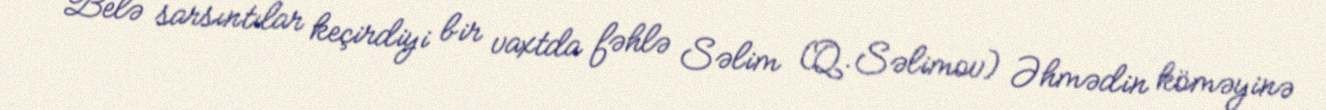
Belə sarsıntılar keçirdiyi bir vaxtda fəhlə Səlim (Q.Səlimov) Əhmədin köməyinə